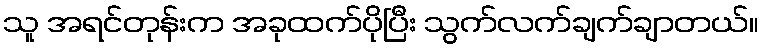
သူ အရင်တုန်းက အခုထက်ပိုပြီး သွက်လက်ချက်ချာတယ်။